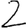
Digit: 2